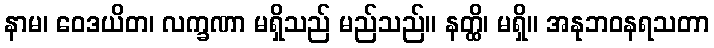
နာမ၊ ဝေဒယိတ၊ လက္ခဏာ မရှိသည် မည်သည်။ နတ္ထိ၊ မရှိ။ အနုဘဝနရသတာ